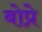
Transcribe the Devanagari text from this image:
बोप्रे